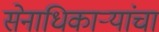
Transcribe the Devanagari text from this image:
सेनाधिकाऱ्यांचा